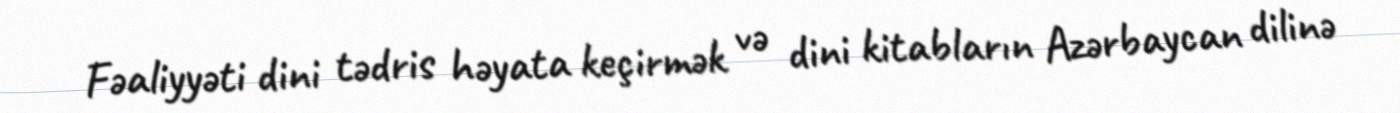
Fəaliyyəti dini tədris həyata keçirmək və dini kitabların Azərbaycan dilinə